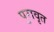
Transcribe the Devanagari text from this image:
पुरावृत